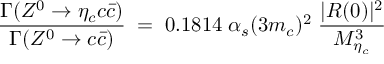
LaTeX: { { \frac { \Gamma ( Z ^ { 0 } \rightarrow \eta _ { c } c { \bar { c } } ) } { \Gamma ( Z ^ { 0 } \rightarrow c { \bar { c } } ) } } \; = \; 0 . 1 8 1 4 \; \alpha _ { s } ( 3 m _ { c } ) ^ { 2 } \; { \frac { | R ( 0 ) | ^ { 2 } } { M _ { \eta _ { c } } ^ { 3 } } } \; }